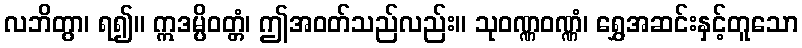
လဘိတွာ၊ ရ၍။ ဣဒမ္ပိဝတ္တံ၊ ဤအဝတ်သည်လည်း။ သုဝဏ္ဏဝဏ္ဏံ၊ ရွှေအဆင်းနှင့်တူသော